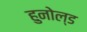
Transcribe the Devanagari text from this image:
हुनोल्ड